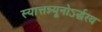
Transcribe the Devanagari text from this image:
स्यात्तन्न्यूनोऽर्द्धरथ